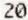
20